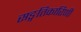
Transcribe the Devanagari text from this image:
सङ्गतिकारिणी